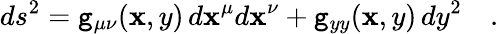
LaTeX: ds^{2}=\mathtt{g}_{\mu\nu}(\mathbf{x},y)\, d\mathbf{x}^{\mu}d\mathbf{x}^{\nu}+\mathtt{g}_{yy}(\mathbf{x},y)\, dy^{2}\quad.